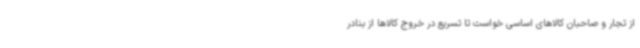
از تجار و صاحبان کالاهای اساسی خواست تا تسریع در خروج کالاها از بنادر